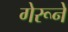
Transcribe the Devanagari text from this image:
गेरूने